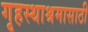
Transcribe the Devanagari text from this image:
गृहस्थाश्रमासाठी